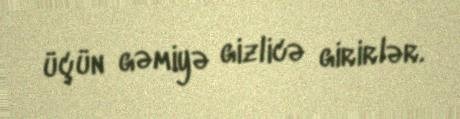
üçün gəmiyə gizlicə girirlər.